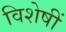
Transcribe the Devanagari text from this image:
विशेषीं